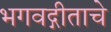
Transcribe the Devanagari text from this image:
भगवद्गीताचे